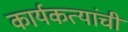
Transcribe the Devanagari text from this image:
कार्यकत्यांची